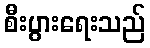
စီးပွားရေးသည်